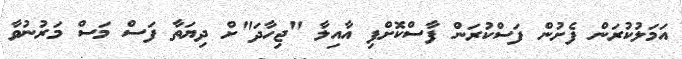
އަމަލުކުރަން ފެށުން ފަސްކުރަން ފާސްކޮށްފި އާއިލާ "ޖިހާދަ"ށް ދިޔަތާ ފަސް މަސް މަރުނުވާ